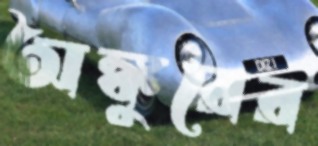
অঙ্কুরের